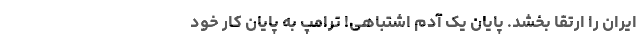
ایران را ارتقا بخشد. پایان یک آدم اشتباهی! ترامپ به پایان کار خود